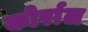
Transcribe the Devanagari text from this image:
कोर्राल